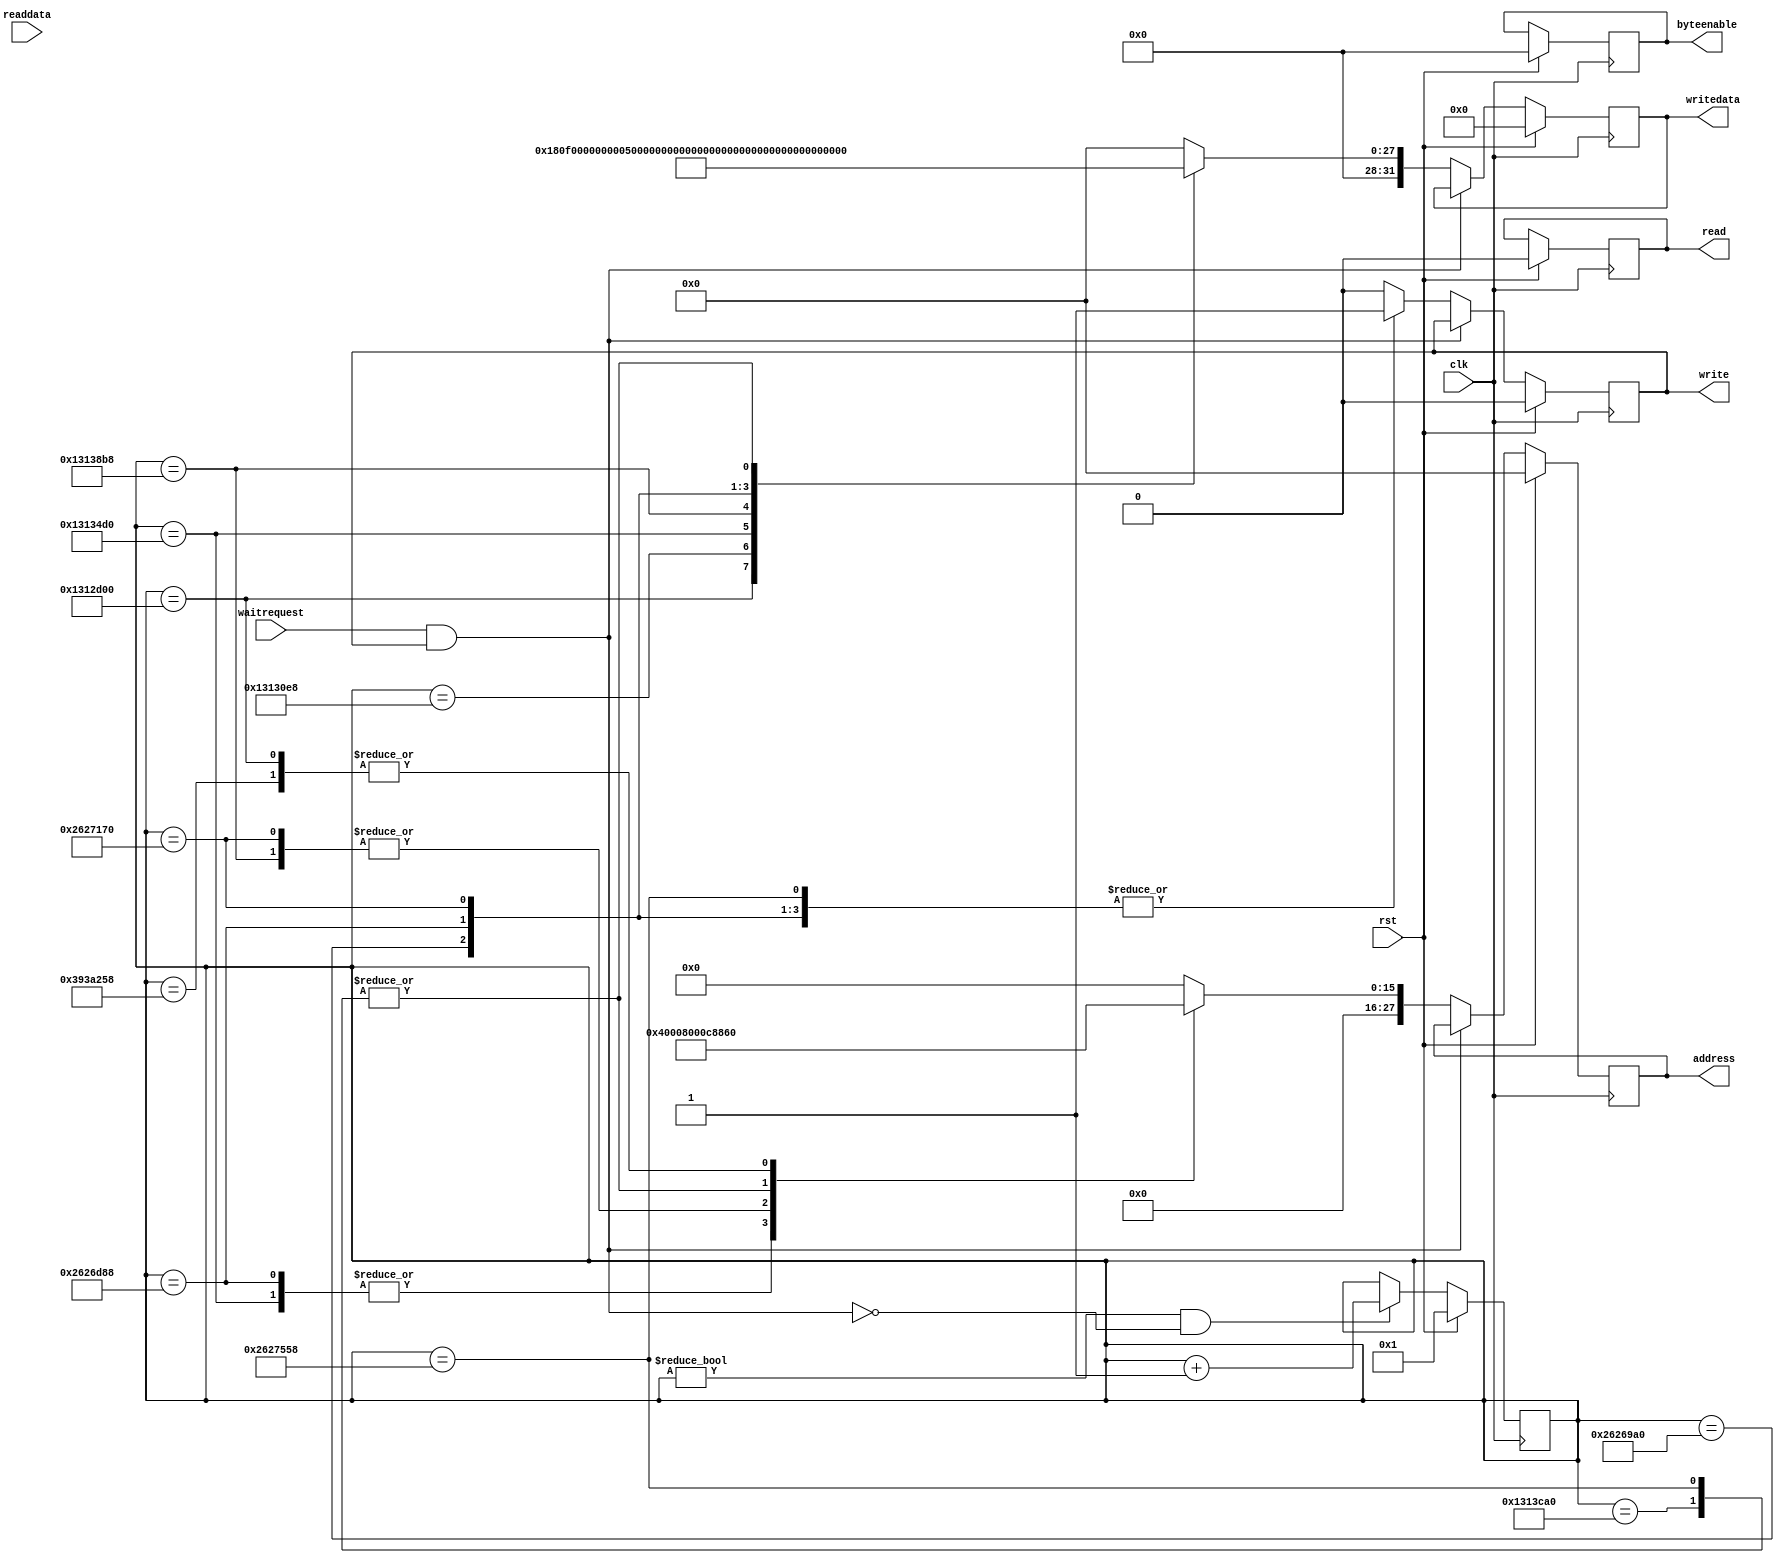
/*
 * Copyright (c) 2015, Arch Laboratory
 * All rights reserved.
 *
 * Redistribution and use in source and binary forms, with or without
 * modification, are permitted provided that the following conditions are met:
 *
 * 1. Redistributions of source code must retain the above copyright notice,
 *    this list of conditions and the following disclaimer.
 * 2. Redistributions in binary form must reproduce the above copyright notice,
 *    this list of conditions and the following disclaimer in the documentation
 *    and/or other materials provided with the distribution.
 *
 * THIS SOFTWARE IS PROVIDED BY THE COPYRIGHT HOLDERS AND CONTRIBUTORS "AS IS" AND
 * ANY EXPRESS OR IMPLIED WARRANTIES, INCLUDING, BUT NOT LIMITED TO, THE IMPLIED
 * WARRANTIES OF MERCHANTABILITY AND FITNESS FOR A PARTICULAR PURPOSE ARE
 * DISCLAIMED. IN NO EVENT SHALL THE COPYRIGHT OWNER OR CONTRIBUTORS BE LIABLE FOR
 * ANY DIRECT, INDIRECT, INCIDENTAL, SPECIAL, EXEMPLARY, OR CONSEQUENTIAL DAMAGES
 * (INCLUDING, BUT NOT LIMITED TO, PROCUREMENT OF SUBSTITUTE GOODS OR SERVICES;
 * LOSS OF USE, DATA, OR PROFITS; OR BUSINESS INTERRUPTION) HOWEVER CAUSED AND
 * ON ANY THEORY OF LIABILITY, WHETHER IN CONTRACT, STRICT LIABILITY, OR TORT
 * (INCLUDING NEGLIGENCE OR OTHERWISE) ARISING IN ANY WAY OUT OF THE USE OF THIS
 * SOFTWARE, EVEN IF ADVISED OF THE POSSIBILITY OF SUCH DAMAGE.
 *
 */

module bios_loader (
                    input wire        clk,
                    input wire        rst,
                    output reg [27:0] address,
                    output reg [3:0]  byteenable,
                    output reg        write,
                    output reg [31:0] writedata,
                    output reg        read,
                    input wire [31:0] readdata,
                    input wire        waitrequest
                    );

    parameter PIO_OUTPUT_ADDR = 32'h00008860;
    parameter DRIVER_SD_ADDR  = 32'h00000000;

    parameter BIOS_SECTOR  = 72;
    parameter BIOS_SIZE    = (64*1024);
    parameter BIOS_ADDR    = 32'hF0000 | 32'h8000000;
    parameter VBIOS_SECTOR = 8;
    parameter VBIOS_SIZE   = (32*1024);
    parameter VBIOS_ADDR   = 32'hC0000 | 32'h8000000;

    parameter CTRL_READ = 2;

    reg [31:0]                        state;
    always @(posedge clk) begin
        if(rst) state <= 1;
        else if(state != 0 && (!(waitrequest && write))) state <= state + 1;
    end

    always @(posedge clk) begin
        if(rst) begin
            write      <= 0;
            read       <= 0;
            writedata  <= 0;
            address    <= 0;
            byteenable <= 4'b0000;
        end else if(!(waitrequest && write))begin
            case(state)
              20000000: begin
                  // set pio_output to 1 (set ao486_reset to low)
                  address  <= PIO_OUTPUT_ADDR;
                  writedata <= 32'h1;
                  write    <= 1;
              end
              20001000: begin
                  // load bios
                  // bios address
                  write    <= 1;
                  address  <= DRIVER_SD_ADDR;
                  writedata <= BIOS_ADDR;
              end
              20002000: begin
                  // load bios
                  // SD sector
                  write    <= 1;
                  address  <= DRIVER_SD_ADDR + 4;
                  writedata <= BIOS_SECTOR;
              end
              20003000: begin
                  // load bios
                  // sector count
                  write    <= 1;
                  address  <= DRIVER_SD_ADDR + 8;
                  writedata <= BIOS_SIZE / 512;
              end
              20004000: begin
                  // load bios
                  // control READ
                  write    <= 1;
                  address  <= DRIVER_SD_ADDR + 12;
                  writedata <= CTRL_READ;
              end
              40004000: begin
                  // load vbios
                  // vbios address
                  write    <= 1;
                  address  <= DRIVER_SD_ADDR;
                  writedata <= VBIOS_ADDR;
              end
              40005000: begin
                  // load vbios
                  // SD sector
                  write    <= 1;
                  address  <= DRIVER_SD_ADDR + 4;
                  writedata <= VBIOS_SECTOR;
              end
              40006000: begin
                  // load vbios
                  // sector count
                  write    <= 1;
                  address  <= DRIVER_SD_ADDR + 8;
                  writedata <= VBIOS_SIZE / 512;
              end
              40007000: begin
                  // load vbios
                  // control READ
                  write    <= 1;
                  address  <= DRIVER_SD_ADDR + 12;
                  writedata <= CTRL_READ;
              end
              60007000: begin
                  // set pio_output to 0 (set ao486_reset to high)
                  address  <= PIO_OUTPUT_ADDR;
                  writedata <= 32'h0;
                  write    <= 1;
              end
              default: begin
                  write <= 0;
                  writedata  <= 0;
                  address    <= 0;
              end
            endcase
        end
    end
endmodule